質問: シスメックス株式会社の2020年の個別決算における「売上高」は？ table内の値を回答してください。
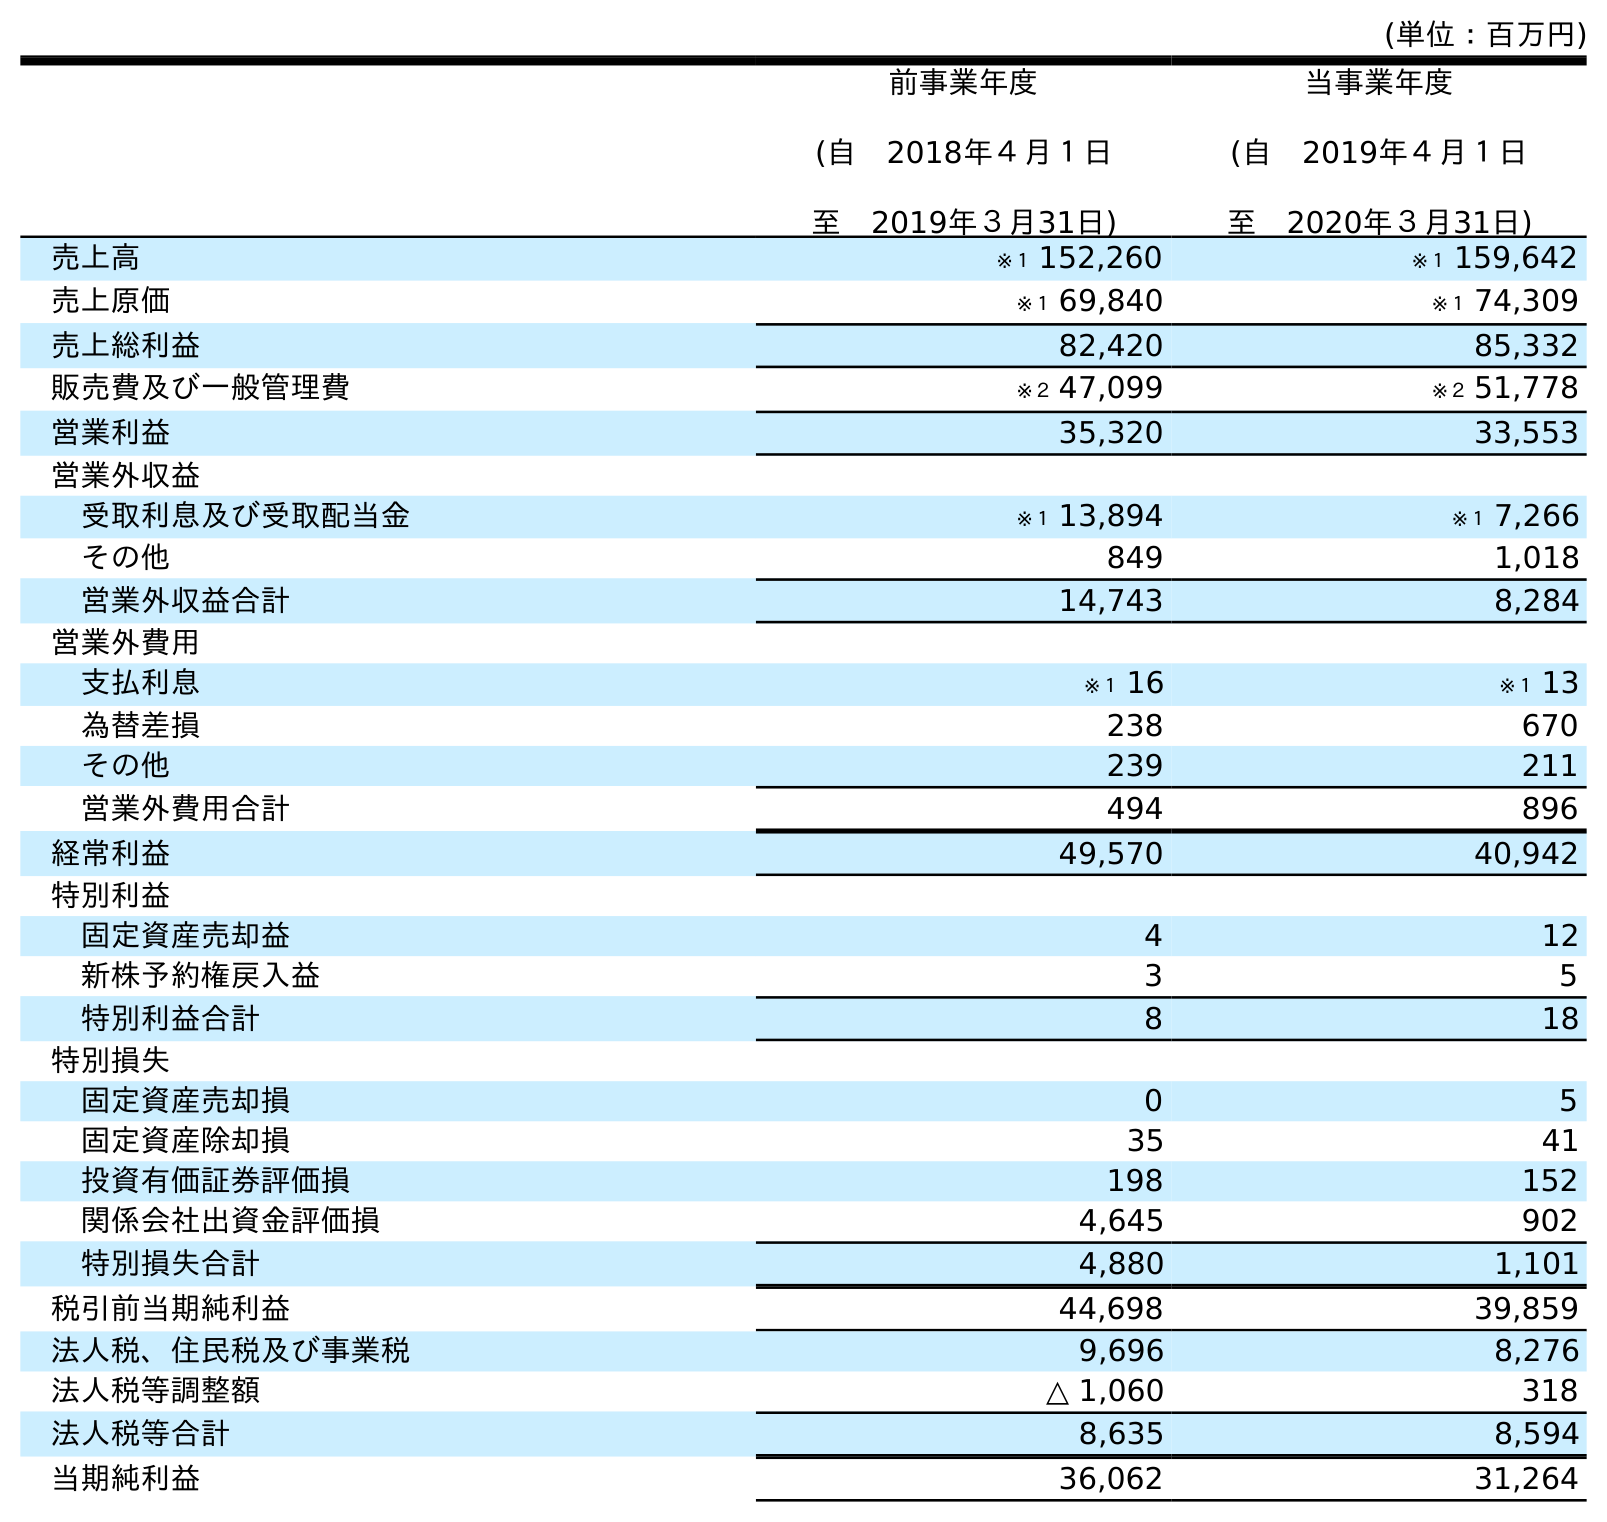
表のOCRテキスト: (単位：百万円) 前事業年度 (自 2018年４月１日 至 2019年３月31日) 当事業年度 (自 2019年４月１日 至 2020年３月31日) 売上高 ※１ 152,260 ※１ 159,642 売上原価 ※１ 69,840 ※１ 74,309 売上総利益 82,420 85,332 販売費及び一般管理費 ※２ 47,099 ※２ 51,778 営業利益 35,320 33,553 営業外収益 受取利息及び受取配当金 ※１ 13,894 ※１ 7,266 その他 849 1,018 営業外収益合計 14,743 8,284 営業外費用 支払利息 ※１ 16 ※１ 13 為替差損 238 670 その他 239 211 営業外費用合計 494 896 経常利益 49,570 40,942 特別利益 固定資産売却益 4 12 新株予約権戻入益 3 5 特別利益合計 8 18 特別損失 固定資産売却損 0 5 固定資産除却損 35 41 投資有価証券評価損 198 152 関係会社出資金評価損 4,645 902 特別損失合計 4,880 1,101 税引前当期純利益 44,698 39,859 法人税、住民税及び事業税 9,696 8,276 法人税等調整額 △ 1,060 318 法人税等合計 8,635 8,594 当期純利益 36,062 31,264
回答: ※１159,642